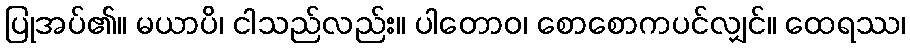
ပြုအပ်၏။ မယာပိ၊ ငါသည်လည်း။ ပါတောဝ၊ စောစောကပင်လျှင်။ ထေရဿ၊